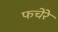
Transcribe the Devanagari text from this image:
फचेरे